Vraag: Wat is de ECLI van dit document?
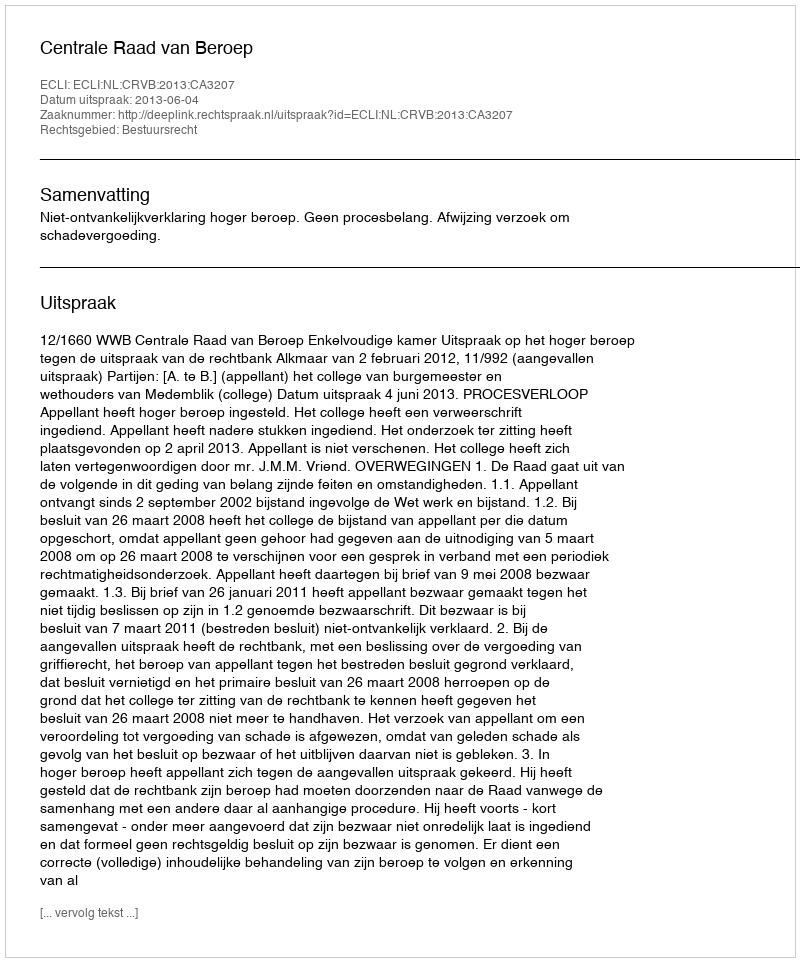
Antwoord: ECLI:NL:CRVB:2013:CA3207